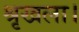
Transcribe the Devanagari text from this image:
श्रृखला।